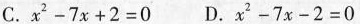
C.$$x ^ { 2 } - 7 x + 2 = 0$$ D.$$x ^ { 2 } - 7 x - 2 = 0$$